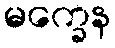
မက္ခေန